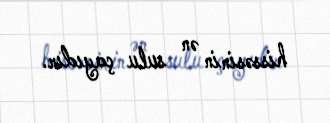
hissəsinin ən sulu çayıdır.